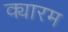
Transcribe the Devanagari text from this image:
क्यारम